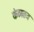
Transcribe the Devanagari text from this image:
कंठातच